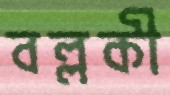
বল্লকী